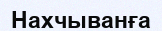
Нахчыванға